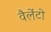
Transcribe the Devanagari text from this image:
वैलेंटो